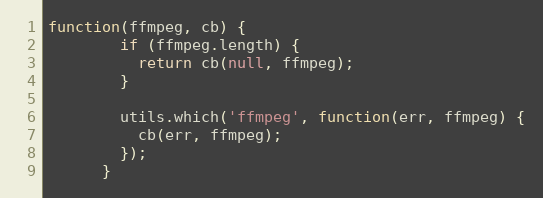
Language: JavaScript
function(ffmpeg, cb) {
        if (ffmpeg.length) {
          return cb(null, ffmpeg);
        }

        utils.which('ffmpeg', function(err, ffmpeg) {
          cb(err, ffmpeg);
        });
      }